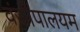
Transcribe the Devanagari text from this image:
वंजीपालयम